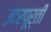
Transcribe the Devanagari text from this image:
उदरपूर्ती